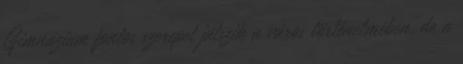
Gimnázium fontos szerepet játszik a város történelmében, de a